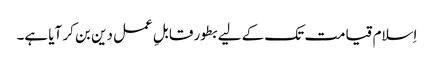
اِسلام قیامت تک کے لیے بطور قابلِ عمل دین بن کر آیا ہے۔